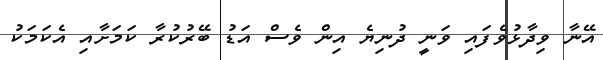
އޭނާ ވިދާޅުވެފައި ވަނީ ދުނިޔެ އިން ވެސް އަޑު ބޭރުކުރާ ކަމަށާއި އެކަމަކު